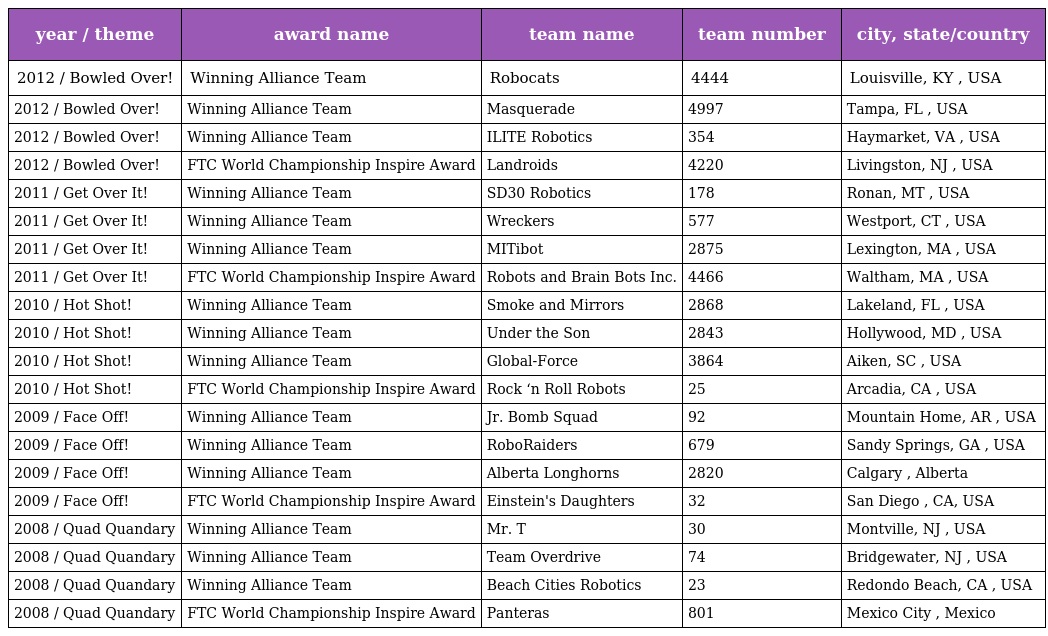
| year / theme | award name | team name | team number | city, state/country |
 | --- | --- | --- | --- | --- |
 | 2012 / Bowled Over! | Winning Alliance Team | Robocats | 4444 | Louisville, KY , USA |
 | 2012 / Bowled Over! | Winning Alliance Team | Masquerade | 4997 | Tampa, FL , USA |
 | 2012 / Bowled Over! | Winning Alliance Team | ILITE Robotics | 354 | Haymarket, VA , USA |
 | 2012 / Bowled Over! | FTC World Championship Inspire Award | Landroids | 4220 | Livingston, NJ , USA |
 | 2011 / Get Over It! | Winning Alliance Team | SD30 Robotics | 178 | Ronan, MT , USA |
 | 2011 / Get Over It! | Winning Alliance Team | Wreckers | 577 | Westport, CT , USA |
 | 2011 / Get Over It! | Winning Alliance Team | MITibot | 2875 | Lexington, MA , USA |
 | 2011 / Get Over It! | FTC World Championship Inspire Award | Robots and Brain Bots Inc. | 4466 | Waltham, MA , USA |
 | 2010 / Hot Shot! | Winning Alliance Team | Smoke and Mirrors | 2868 | Lakeland, FL , USA |
 | 2010 / Hot Shot! | Winning Alliance Team | Under the Son | 2843 | Hollywood, MD , USA |
 | 2010 / Hot Shot! | Winning Alliance Team | Global-Force | 3864 | Aiken, SC , USA |
 | 2010 / Hot Shot! | FTC World Championship Inspire Award | Rock ‘n Roll Robots | 25 | Arcadia, CA , USA |
 | 2009 / Face Off! | Winning Alliance Team | Jr. Bomb Squad | 92 | Mountain Home, AR , USA |
 | 2009 / Face Off! | Winning Alliance Team | RoboRaiders | 679 | Sandy Springs, GA , USA |
 | 2009 / Face Off! | Winning Alliance Team | Alberta Longhorns | 2820 | Calgary , Alberta |
 | 2009 / Face Off! | FTC World Championship Inspire Award | Einstein's Daughters | 32 | San Diego , CA, USA |
 | 2008 / Quad Quandary | Winning Alliance Team | Mr. T | 30 | Montville, NJ , USA |
 | 2008 / Quad Quandary | Winning Alliance Team | Team Overdrive | 74 | Bridgewater, NJ , USA |
 | 2008 / Quad Quandary | Winning Alliance Team | Beach Cities Robotics | 23 | Redondo Beach, CA , USA |
 | 2008 / Quad Quandary | FTC World Championship Inspire Award | Panteras | 801 | Mexico City , Mexico |